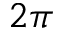
2 \pi